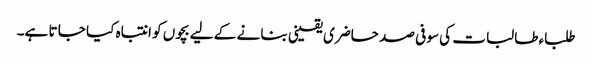
طلباء طالبات کی سو فی صد حاضری یقینی بنا نے کے لیے بچوں کو انتباہ کیا جا تا ہے۔